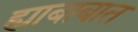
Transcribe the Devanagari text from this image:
ह्याबाबात